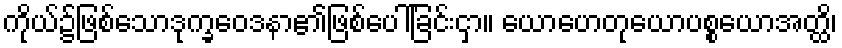
ကိုယ်၌ဖြစ်သောဒုက္ခဝေဒနာ၏ဖြစ်ပေါ်ခြင်းငှာ။ ယောဟေတုယောပစ္စယောအတ္ထိ၊